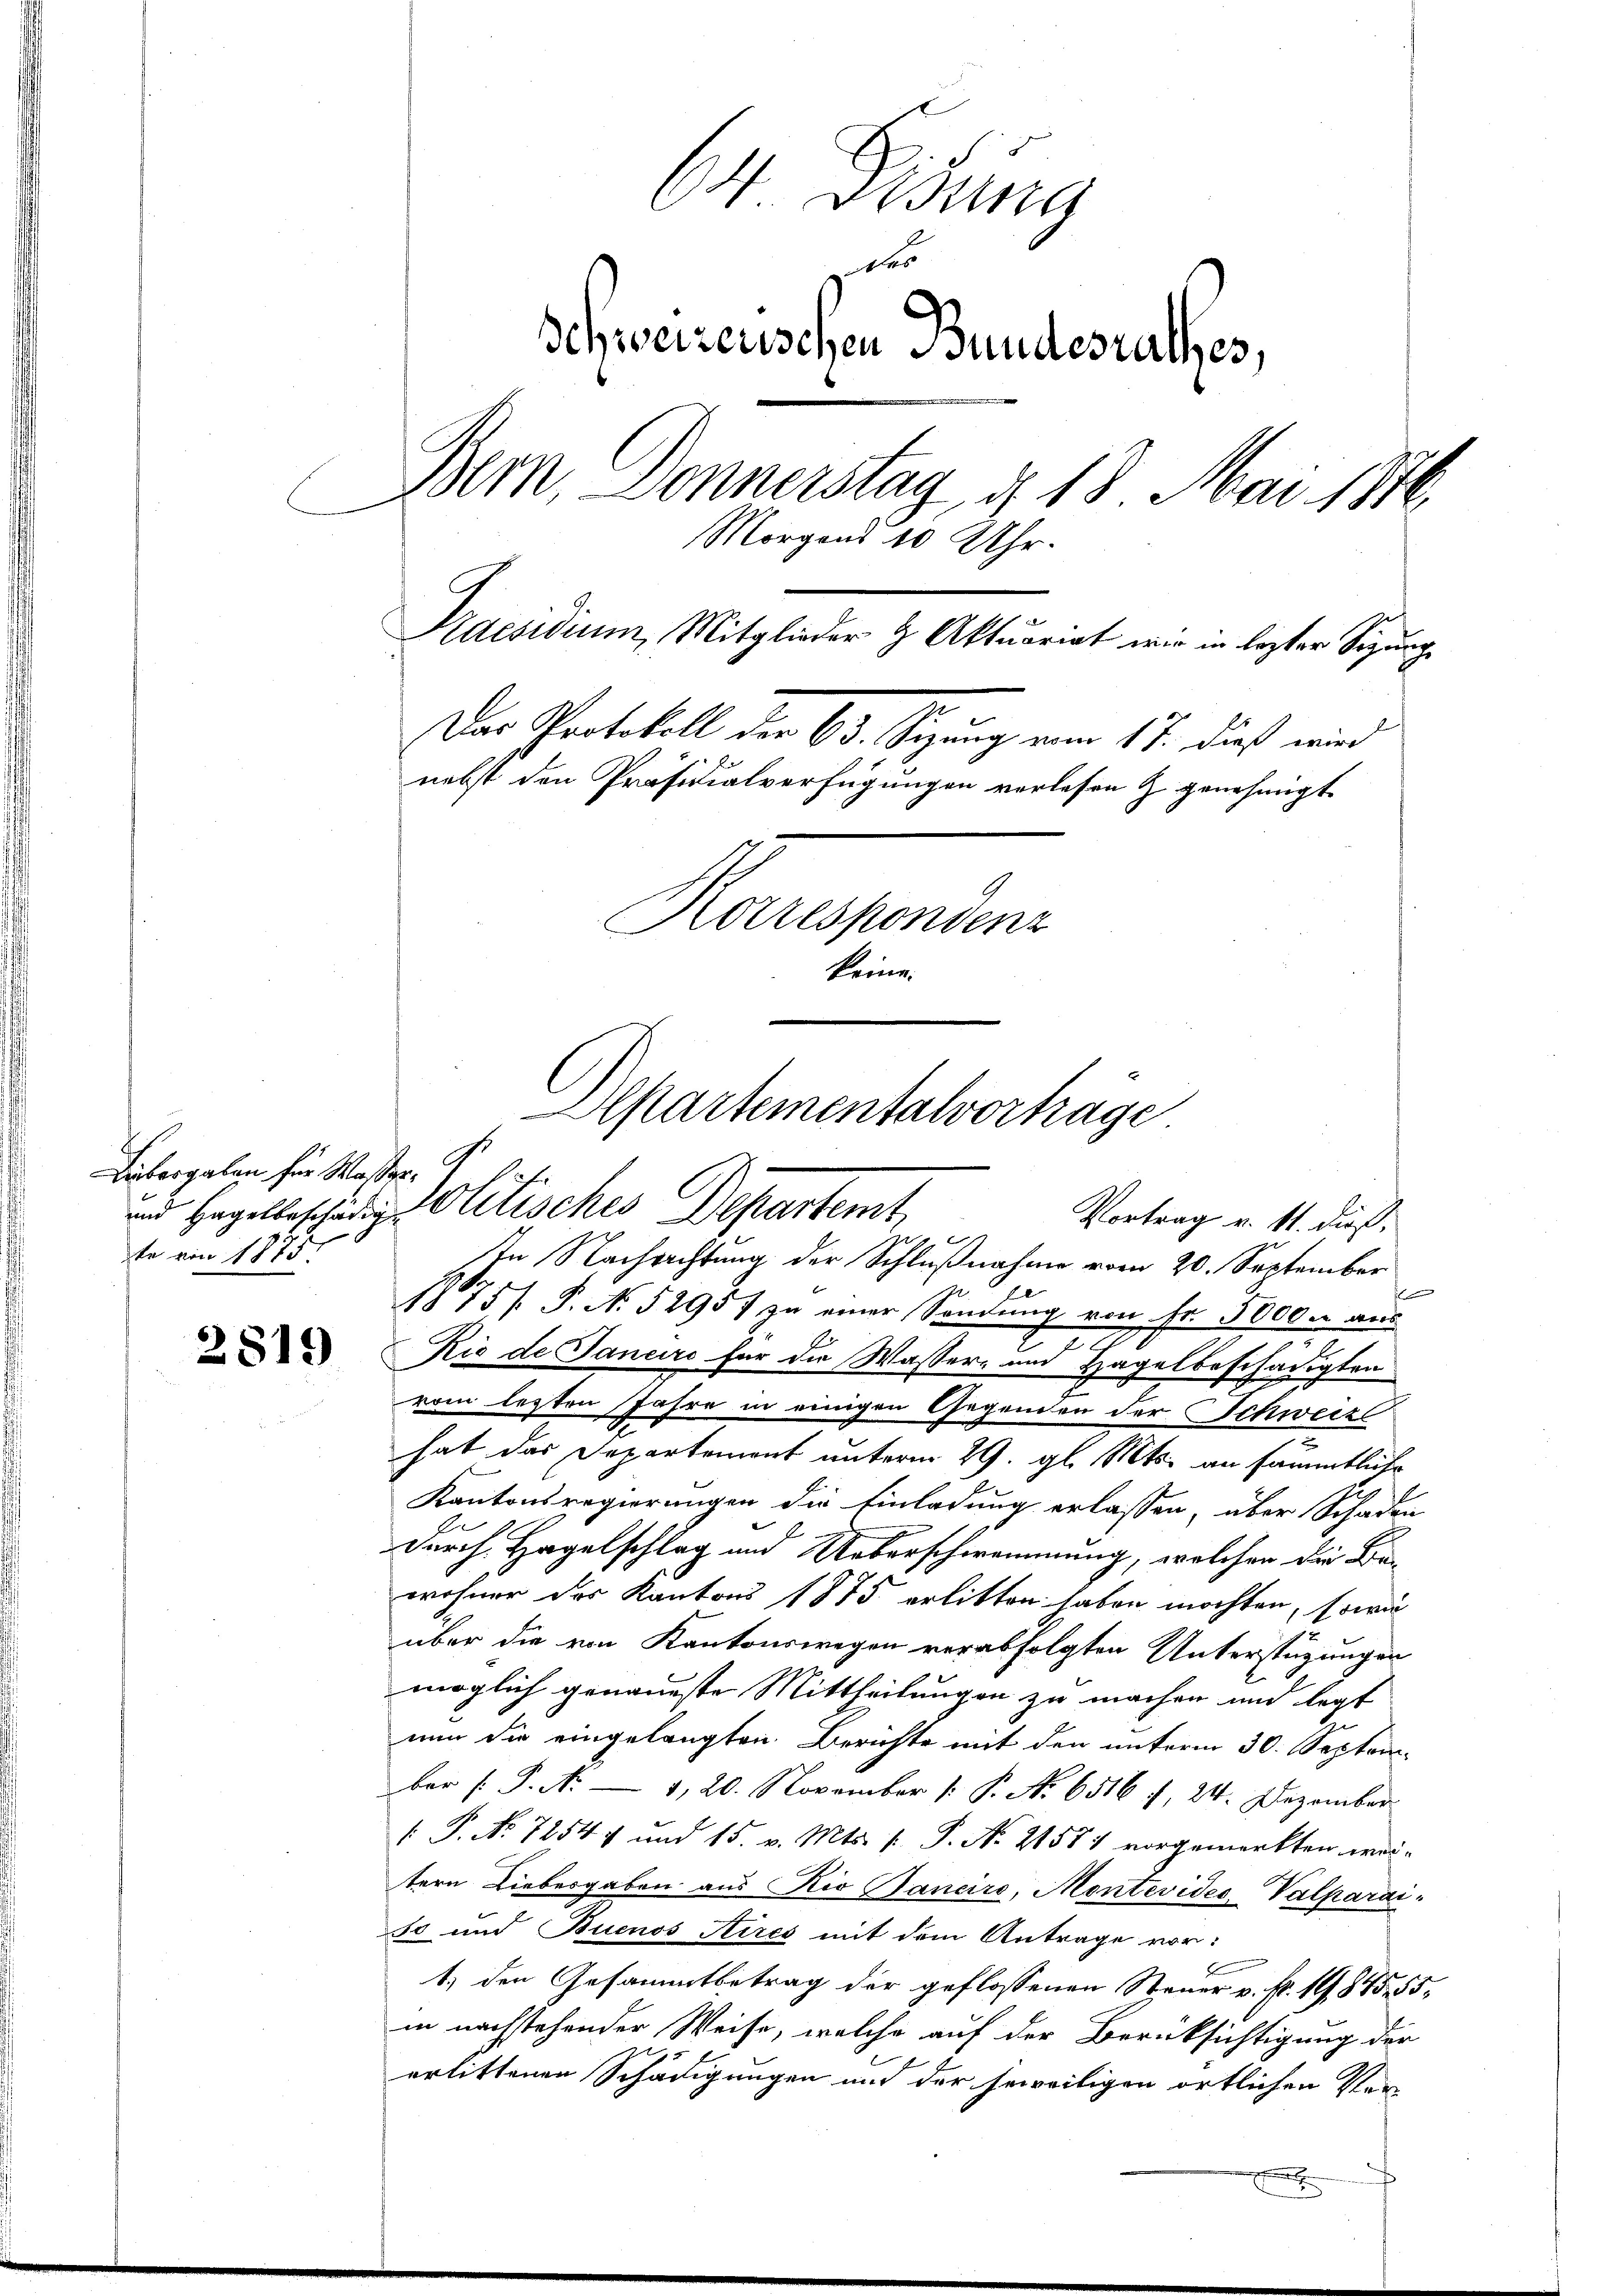
2819

6n Disung
1
Schweizerischen Bundesrathes,
Bern Donnerstag d. 18 Mai 1876.
Morgens 10 Uhr.
Praesidium, Mitglieder & Aktuariat wir in lezter Sizung
Das Protokoll der 63. Sizung vom 17. dieß wird
nebst den Präsidialverfügungen verlesen z. genehmigt
Korrespondenz
keine.

Libergaben für Waßerte von 1875

Apartementalverträge
Pof.
und Hagelbeschädig Wollisches Departemt,
Vortrag v. 11. dieß,

L
In Nachrichtung der Schlußnahme vom 20. September
s
1815/ P. No 52957 zu einer Sandŭng von Fr. 5000. aŭs
.
Rio de Janeiro für die Wasser- und Hagelbeschädigten
vom letzten Jahre in einigen Gegenden der Schweize
hat das Departement unterm 29. gl. Mts. an sämmtliche
Kantonsregierungen die Einladung erlassen, über Schaden
durch Hagelschlag und Ueberschwommung, welchen die Bewohner der Kantons 1875 erlitten haben möchten, sowie
über die von Kantonswegen verabfolgten Unterstüzungen
möglich genaueste Mittheilungen zu machen und legt
nun die eingelangten Berichte mit den unterm 30. Septem-
bar (: P. N. — 1, 20. November [ P. No 6516 1, 24. Dezember
[ P. Nr. 72544 und 15. v. Mts. f. P. Nr. 21581 vorgemerkten weitern Liebesgaben aus Rio Banciro, Montevideo-Valparai¬
20 und Buenos Aires mit dem Antrage vor:
1.) den Gesammtbetrag der geflossenen Steuer v. fr. 1985. 55.
in nachstehender Weise, welche auf der Berücksichtigung der
erlittenen Schädigungen und der jeweiligen örtlichen Verx